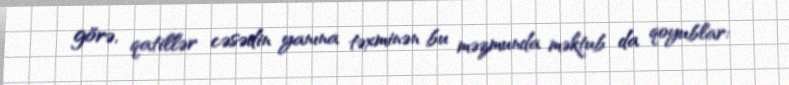
görə, qatillər cəsədin yanına təxminən bu məzmunda məktub da qoyublar: